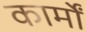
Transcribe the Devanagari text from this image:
कार्मों